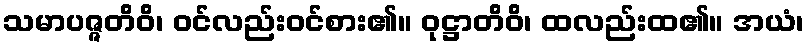
သမာပဇ္ဇတိဝိ၊ ဝင်လည်းဝင်စား၏။ ဝုဋ္ဌာတိဝိ၊ ထလည်းထ၏။ အယံ၊